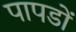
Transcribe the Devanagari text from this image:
पापडों